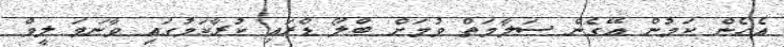
އެހެން ކަމުން އޭގެން ސަލާމަތް ވުމަށް ބްލޯ ޑްރައި ކުރާކަމުގައި ވާނަމަ ލީވް